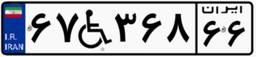
۶۶W۵۷۷۷۳